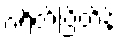
ဂရိတ်ဗြိတိန်